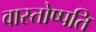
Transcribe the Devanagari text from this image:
वास्तोष्पति